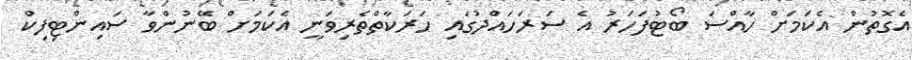
އެގޮތުން އެކަމަށް ހާއްސަ ބޯޓުފަހަރު އެ ސަރަހައްދުގައި ހަރަކާތްތެރިވަނީ އެކަމަށް ބޭނުންވާ ސައިންޓިފިކް